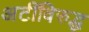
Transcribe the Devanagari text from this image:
अटींविरुद्ध